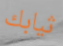
ثيابك